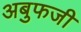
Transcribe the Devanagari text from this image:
अबुफजी